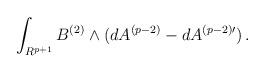
LaTeX: \begin{align*}\int_{R^{p+1}}B^{(2)}\wedge (dA^{(p-2)}-dA^{(p-2)\prime})\, .\end{align*}